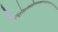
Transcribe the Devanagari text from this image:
ग्यिग्य्र्७ऐइ७५ख्फ्त्७दित्र्क्य्फ्फ्र्य्र्क्च्त्क्दुत्फ्दुय्फ्य्फुत्फ्द्ग्फ्त्५त्च्तुद्७फुत्दु५ए